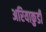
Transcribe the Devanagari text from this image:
अरियाकुडी